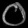
Digit: ၀